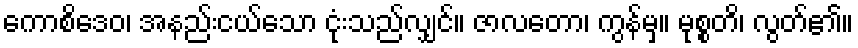
ကောစိဒေဝ၊ အနည်းငယ်သော ငုံးသည်လျှင်။ ဇာလတော၊ ကွန်မှ။ မုစ္စတိ၊ လွတ်၏။